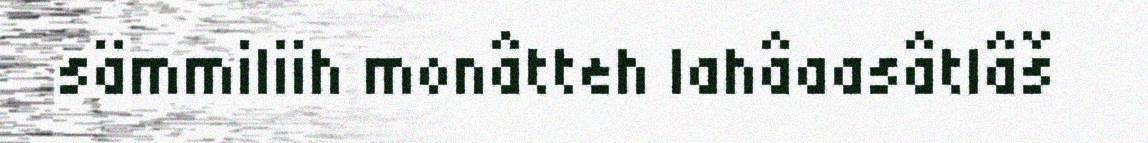
sämmiliih monâtteh lahâaasâtlâš